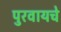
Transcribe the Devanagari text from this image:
पुरवायचे